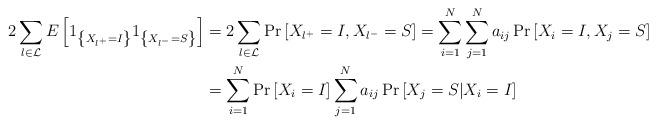
LaTeX: \begin{align*}2\sum_{l\in\mathcal{L}}E\left[ 1_{\left\{ X_{l^{+}}=I\right\} }1_{\left\{X_{l^{-}}=S\right\} }\right] & =2\sum_{l\in\mathcal{L}}\Pr\left[X_{l^{+}}=I,X_{l^{-}}=S\right] =\sum_{i=1}^{N}\sum_{j=1}^{N}a_{ij}\Pr\left[X_{i}=I,X_{j}=S\right] \\& =\sum_{i=1}^{N}\Pr\left[ X_{i}=I\right] \sum_{j=1}^{N}a_{ij}\Pr\left[X_{j}=S|X_{i}=I\right]\end{align*}